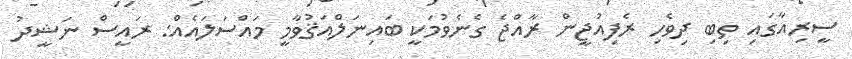
ސީރިއާގައި ތިބި ދިވެހި ރެފިއުޖީން ރާއްޖެ ގެނެވުމަކީ ބައިނަލްއަޤުވާމީ މައްސަލައެއްް: ރައީސް ނަޝީދު